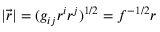
\vert \vec { r } \vert = ( g _ { i j } r ^ { i } r ^ { j } ) ^ { 1 / 2 } = f ^ { - 1 / 2 } r